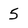
Character: 5